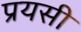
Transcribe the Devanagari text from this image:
प्रयसी